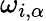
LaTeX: \omega_{i,\alpha}